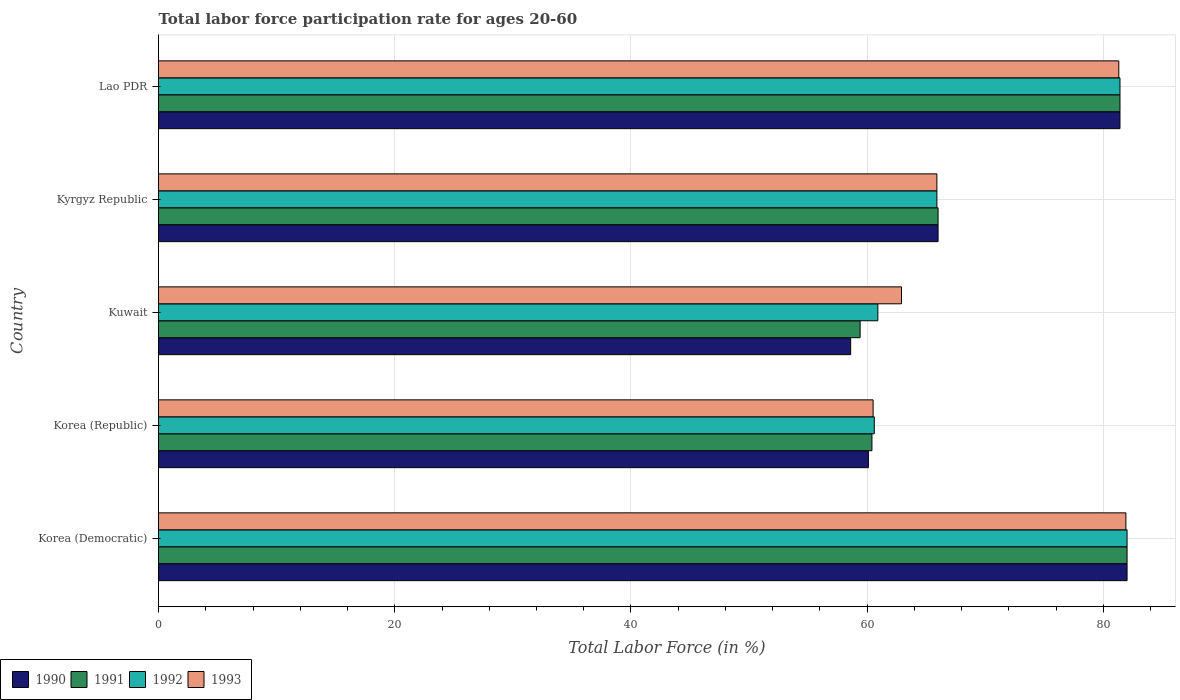
| Country | 1990 | 1991 | 1992 | 1993 |
 | --- | --- | --- | --- | --- |
 | Korea (Democratic) | 82 | 82 | 82 | 81.9 |
 | Korea (Republic) | 60.1 | 60.4 | 60.6 | 60.5 |
 | Kuwait | 58.6 | 59.4 | 60.9 | 62.9 |
 | Kyrgyz Republic | 66 | 66 | 65.9 | 65.9 |
 | Lao PDR | 81.4 | 81.4 | 81.4 | 81.3 |